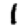
Digit: 1